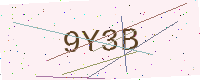
Text: 9Y3B